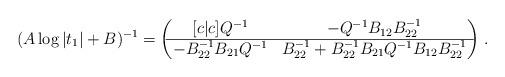
LaTeX: \begin{align*} (A \log|t_1| + B)^{-1} = \begin{pmatrix}[c|c] Q^{-1} & -Q^{-1}B_{12}B_{22}^{-1} \\\hline -B_{22}^{-1}B_{21}Q^{-1} & B_{22}^{-1} + B_{22}^{-1}B_{21}Q^{-1}B_{12}B_{22}^{-1} \\\end{pmatrix} \, . \end{align*}